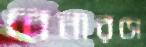
বেনারসে